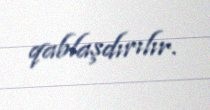
qablaşdırılır.